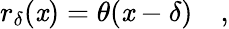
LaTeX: r_{\delta}(\mathit{x})=\theta(\mathit{x}-\delta)\quad,